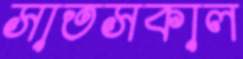
সাতসকাল